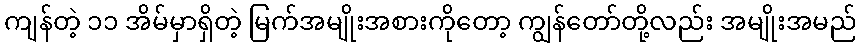
ကျန်တဲ့ ၁၁ အိမ်မှာရှိတဲ့ မြက်အမျိုးအစားကိုတော့ ကျွန်တော်တို့လည်း အမျိုးအမည်